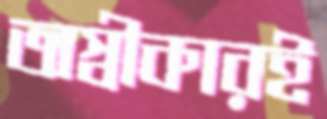
অস্বীকারই